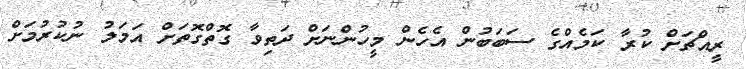
ރީއްޗަށް ކުރާ ކަމެއްގެ ސަބަބުން އެހެން މީހުންނަށް ދަތިވާ ގޮތްގޮތަށް އަމަލު ނުކުރުމަށް